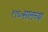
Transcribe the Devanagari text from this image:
१९६०सालच्या